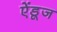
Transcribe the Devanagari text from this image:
ऐंडूज